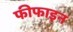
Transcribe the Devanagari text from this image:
फीफाइन